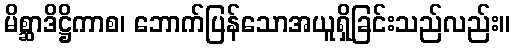
မိစ္ဆာဒိဋ္ဌိကာစ၊ ဘောက်ပြန်သောအယူရှိခြင်းသည်လည်း။